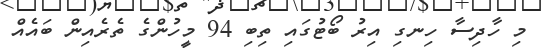
މި ހާދިސާ ހިނގި އިރު ބޯޓުގައި ތިބި 94 މީހުންގެ ތެރެއިން ބައެއް